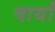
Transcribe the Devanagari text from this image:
वार्यां